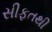
સીફતથી